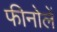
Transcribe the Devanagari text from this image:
फीनोलें